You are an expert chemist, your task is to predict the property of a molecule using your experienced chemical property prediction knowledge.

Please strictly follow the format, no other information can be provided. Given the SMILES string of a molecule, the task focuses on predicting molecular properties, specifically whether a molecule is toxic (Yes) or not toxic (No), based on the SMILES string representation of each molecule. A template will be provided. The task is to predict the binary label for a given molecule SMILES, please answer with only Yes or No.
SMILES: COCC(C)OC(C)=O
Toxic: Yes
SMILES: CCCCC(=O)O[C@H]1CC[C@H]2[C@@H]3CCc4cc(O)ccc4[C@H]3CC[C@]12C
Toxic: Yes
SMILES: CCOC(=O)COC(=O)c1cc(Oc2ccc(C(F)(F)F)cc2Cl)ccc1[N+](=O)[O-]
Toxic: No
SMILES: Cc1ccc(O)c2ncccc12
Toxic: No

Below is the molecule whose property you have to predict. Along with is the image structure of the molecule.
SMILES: CC1=C(/C=C/C(C)=C/C=C/C(C)=C/C=C/C=C(C)/C=C/C=C(C)/C=C/C2=C(C)C[C@@H](O)CC2(C)C)C(C)(C)C[C@H](O)C1
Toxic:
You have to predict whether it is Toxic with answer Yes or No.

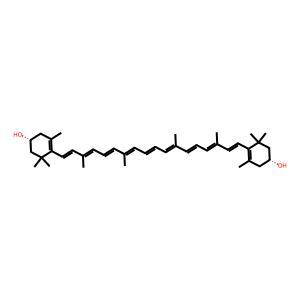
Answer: No